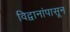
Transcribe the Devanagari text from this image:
विद्वानांपासून